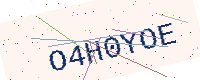
Text: O4H0YOE